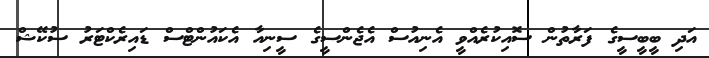
އަދި ބީބީސީގެ ފަރާތުން ސޮއިކުރެއްވީ އެނިއުސް އެޖެންސީގެ ސީނިއާ އެކައުންޓްސް ޑައިރެކްޓަރު ސުކޭޝް